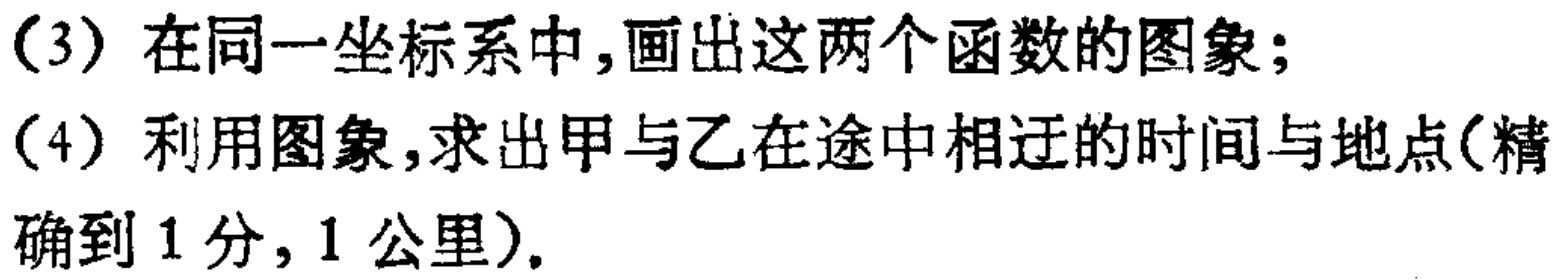
（3）在同一坐标系中,画出这两个函数的图象;

（4）利用图象,求出甲与乙在途中相迂的时间与地点(精确到1分,1公里).